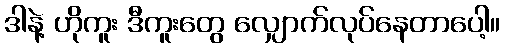
ဒါနဲ့ ဟိုကူး ဒီကူးတွေ လျှောက်လုပ်နေတာပေါ့။